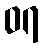
၀၇